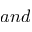
a n d